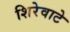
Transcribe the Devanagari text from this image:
शिरेवाटे